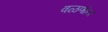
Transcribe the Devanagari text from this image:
वळणांना